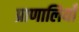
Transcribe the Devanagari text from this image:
प्राणालियाँ